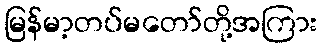
မြန်မာ့တပ်မတော်တို့အကြား